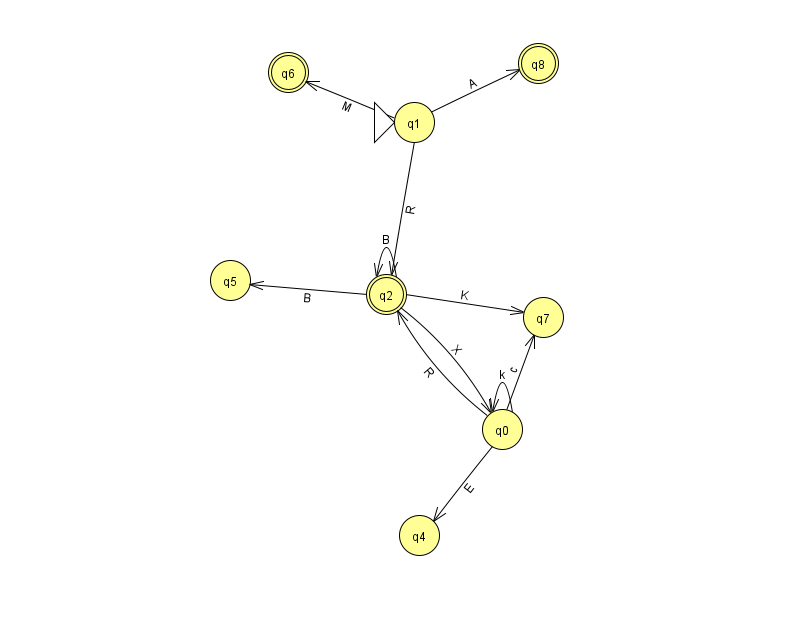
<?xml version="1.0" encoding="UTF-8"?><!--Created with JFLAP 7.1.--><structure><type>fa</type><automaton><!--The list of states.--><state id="0" name="q0"><x>502.0</x><y>416.0</y></state><state id="1" name="q1"><x>414.0</x><y>109.0</y><initial/></state><state id="2" name="q2"><x>386.0</x><y>281.0</y><final/></state><state id="4" name="q4"><x>419.0</x><y>522.0</y></state><state id="5" name="q5"><x>230.0</x><y>267.0</y></state><state id="6" name="q6"><x>288.0</x><y>59.0</y><final/></state><state id="7" name="q7"><x>543.0</x><y>304.0</y></state><state id="8" name="q8"><x>538.0</x><y>50.0</y><final/></state><!--The list of transitions.--><transition><from>0</from><to>4</to><read>E</read></transition><transition><from>2</from><to>2</to><read>B</read></transition><transition><from>2</from><to>0</to><read>X</read></transition><transition><from>1</from><to>2</to><read>R</read></transition><transition><from>0</from><to>7</to><read>c</read></transition><transition><from>1</from><to>6</to><read>M</read></transition><transition><from>0</from><to>0</to><read>k</read></transition><transition><from>1</from><to>8</to><read>A</read></transition><transition><from>0</from><to>2</to><read>R</read></transition><transition><from>2</from><to>5</to><read>B</read></transition><transition><from>2</from><to>7</to><read>K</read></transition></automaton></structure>